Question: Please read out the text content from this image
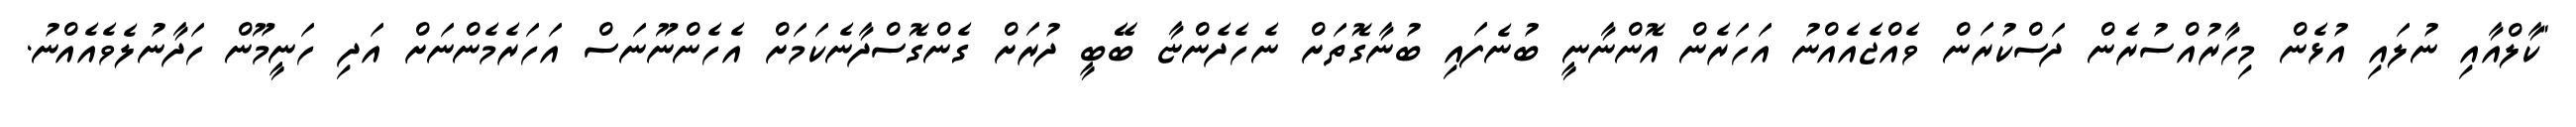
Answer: "ކާލްއާއި ނުލައި އުޅެން މިހާރުއްސުރެން ދަސްކުރަން ވެއްޖެއެއްނު އަހަރެން އޮންނާނީ ބުނެފައި ބުނާގޮތަށް ނެހެދެންޏާ ބޭބީ ދުރަށް ގެންގޮސްދާނެކަމަށް އެހެންނޫނަސް އަހަރެމެންނަށް އަދި ހަނީމޫން ހަދާނުލެވެއެއްނު.